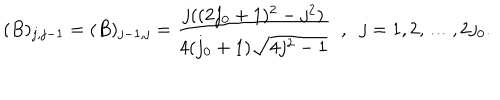
( B ) _ { j , j - 1 } = ( B ) _ { j - 1 , j } = \frac { j ( ( 2 j _ { 0 } + 1 ) ^ { 2 } - j ^ { 2 } ) } { 4 ( j _ { 0 } + 1 ) \sqrt { 4 j ^ { 2 } - 1 } } \; \; , \; \; j = 1 , 2 , \ldots , 2 j _ { 0 } .